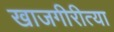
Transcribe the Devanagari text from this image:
खाजगीरीत्या